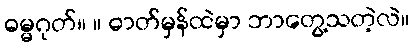
ဓမ္မဂုတ်။ ။ ဓာတ်မှန်ထဲမှာ ဘာတွေ့သတဲ့လဲ။